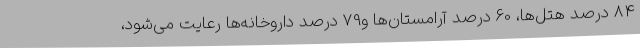
84 درصد هتل‌ها، 60 درصد آرامستان‌ها و79 درصد داروخانه‌ها رعایت می‌شود،